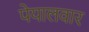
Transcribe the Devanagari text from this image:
पेयालवार